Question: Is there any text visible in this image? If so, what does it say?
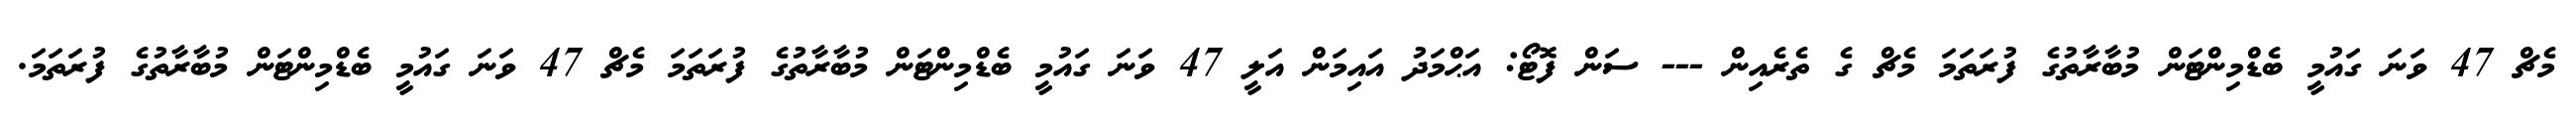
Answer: މެޗް 47 ވަނަ ގައުމީ ބެޑްމިންޓަން މުބާރާތުގެ ފުރަތަމަ މެޗް ގެ ތެރެއިން --- ސަން ފޮޓޯ: އަޙްމަދު އައިމަން އަލީ 47 ވަނަ ގައުމީ ބެޑްމިންޓަން މުބާރާތުގެ ފުރަތަމަ މެޗް 47 ވަނަ ގައުމީ ބެޑްމިންޓަން މުބާރާތުގެ ފުރަތަމަ.